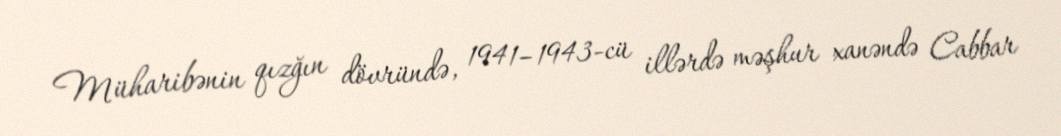
Müharibənin qızğın dövründə, 1941–1943-cü illərdə məşhur xanəndə Cabbar